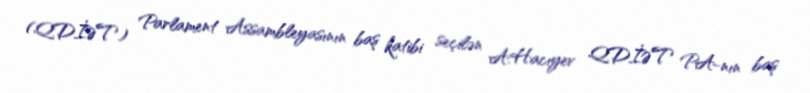
(QDİƏT) Parlament Assambleyasının baş katibi seçilən A.Hacıyev QDİƏT PA-nın baş